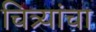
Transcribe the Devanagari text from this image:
चित्र्यांचा